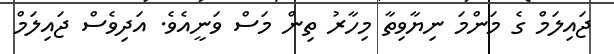
ޖައިލަމް ގެ މަންމަ ނިޔާވިތާ މިހާރު ތިން މަސް ވަނީއެވެ. އަދިވެސް ޖައިލަމް